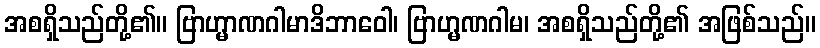
အစရှိသည်တို့၏။ ဗြာဟ္မာဏဂါမာဒိဘာဝေါ၊ ဗြာဟ္မဏဂါမ၊ အစရှိသည်တို့၏ အဖြစ်သည်။